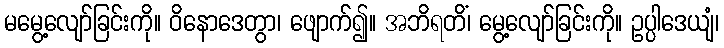
မမွေ့လျော်ခြင်းကို။ ဝိနောဒေတွာ၊ ဖျောက်၍။ အဘိရတိံ၊ မွေ့လျော်ခြင်းကို။ ဥပ္ပါဒေယျံ၊